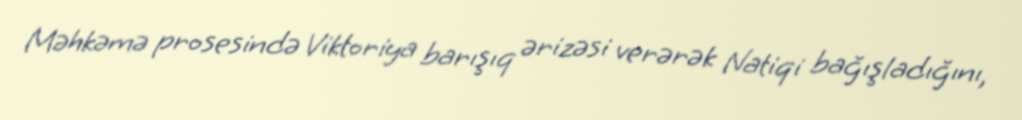
Məhkəmə prosesində Viktoriya barışıq ərizəsi verərək Natiqi bağışladığını,